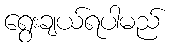
ရွေးချယ်ရပါမည်